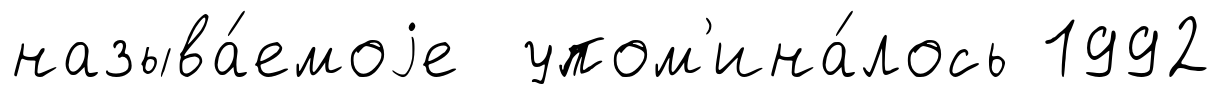
называ́емоjе упом'ина́лось 1992